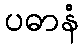
ပဓာနံ